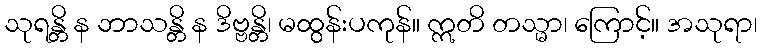
သုရန္တိ န ဘာသန္တိ န ဒိဗ္ဗန္တိ၊ မထွန်းပကုန်။ ဣတိ တသ္မာ၊ ကြောင့်။ အသုရာ၊